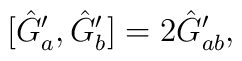
[\hat{G}_{a}^{\prime},\hat{G}_{b}^{\prime}]=2\hat{G}_{ab}^{\prime},